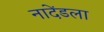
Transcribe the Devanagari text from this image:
नादेंडला